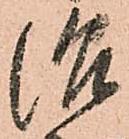
治